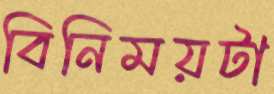
বিনিময়টা